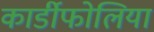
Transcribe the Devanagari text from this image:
कार्डीफोलिया